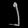
Digit: ၂